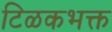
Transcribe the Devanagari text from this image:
टिळकभक्त